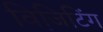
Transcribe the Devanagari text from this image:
विजि़टिंग